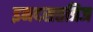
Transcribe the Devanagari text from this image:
इनदसतत्रिज